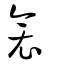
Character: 衾